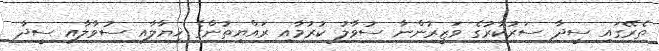
ތެރޭގައި ސީދާ ސަރުކާރުގެ ވަޒީރުންނާ ސުވާލު ކުރުމާއި ރައްޔިތުންގެ ޚިޔާލާއި ސުވާލާއި ސީދާ